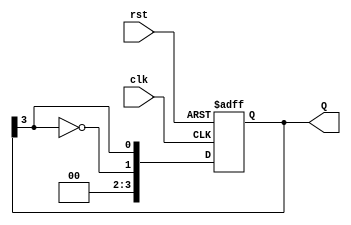
module johnson_counter #(
    parameter N = 4  // Number of flip-flops (Adjust this parameter for desired N)
) (
    input wire clk,     // Clock input
    input wire rst,     // Asynchronous reset
    output reg [N-1:0] Q // Counter output
);

    // Sequential logic for the Johnson counter
    always @(posedge clk or posedge rst) begin
        if (rst) begin
            Q <= 0; // Reset state
        end else begin
            Q <= {~Q[N-1], Q[N-1:N-1]}; // Shift and invert feedback from last flip-flop
        end
    end

endmodule